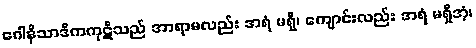
ဂေါနိသာဒိကကုဋိသည် အာရာမလည်း အရံ မရှိ၊ ကျောင်းလည်း အရံ မရှိအံ့၊